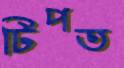
টিপত